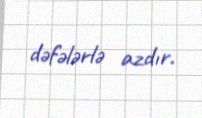
dəfələrlə azdır.